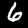
Label: 6